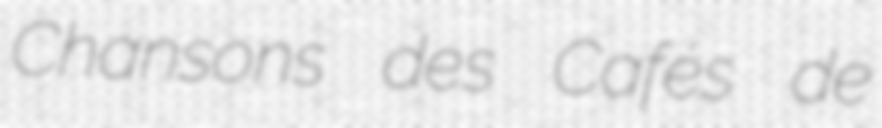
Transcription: Chansons des Cafés de